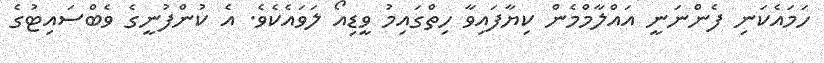
ހަމައެކަނި ފެންނަނީ އައްލާމްމެން ކިޔާފައިވާ ހިތްގައިމު ވީޑިއޯ ލަވައެކެވެ. އެ ކުންފުނީގެ ވެބްސައިޓުގެ